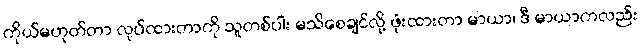
ကိုယ်မဟုတ်တာ လုပ်ထားတာကို သူတစ်ပါး မသိစေချင်လို့ ဖုံးထားတာ မာယာ၊ ဒီ မာယာကလည်း